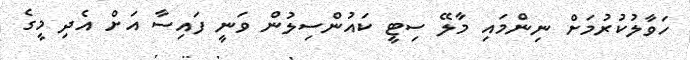
ހަވާލުކުރުމަށް ނިންމައި މާލޭ ސިޓީ ކައުންސިލުން ވަނީ ފައިސާ އަށް އެދި މީގެ